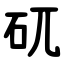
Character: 矹